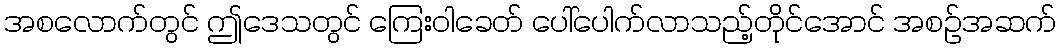
အစလောက်တွင် ဤဒေသတွင် ကြေးဝါခေတ် ပေါ်ပေါက်လာသည့်တိုင်အောင် အစဉ်အဆက်